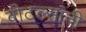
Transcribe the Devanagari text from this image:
बीटल्सांनी